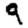
Digit: 9